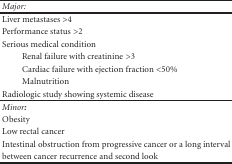
<table><thead><tr><td><b><i>Major:</i></b></td></tr></thead><tbody><tr><td>Liver metastases &gt;4</td></tr><tr><td>Performance status &gt;2</td></tr><tr><td>Serious medical condition</td></tr><tr><td>Renal failure with creatinine &gt;3</td></tr><tr><td>Cardiac failure with ejection fraction &lt;50%</td></tr><tr><td>Malnutrition</td></tr><tr><td>Radiologic study showing systemic disease</td></tr><tr><td><i>Minor<b>: </b></i></td></tr><tr><td>Obesity</td></tr><tr><td>Low rectal cancer</td></tr><tr><td>Intestinal obstruction from progressive cancer or a long interval</td></tr><tr><td>between cancer recurrence and second look</td></tr></tbody></table>